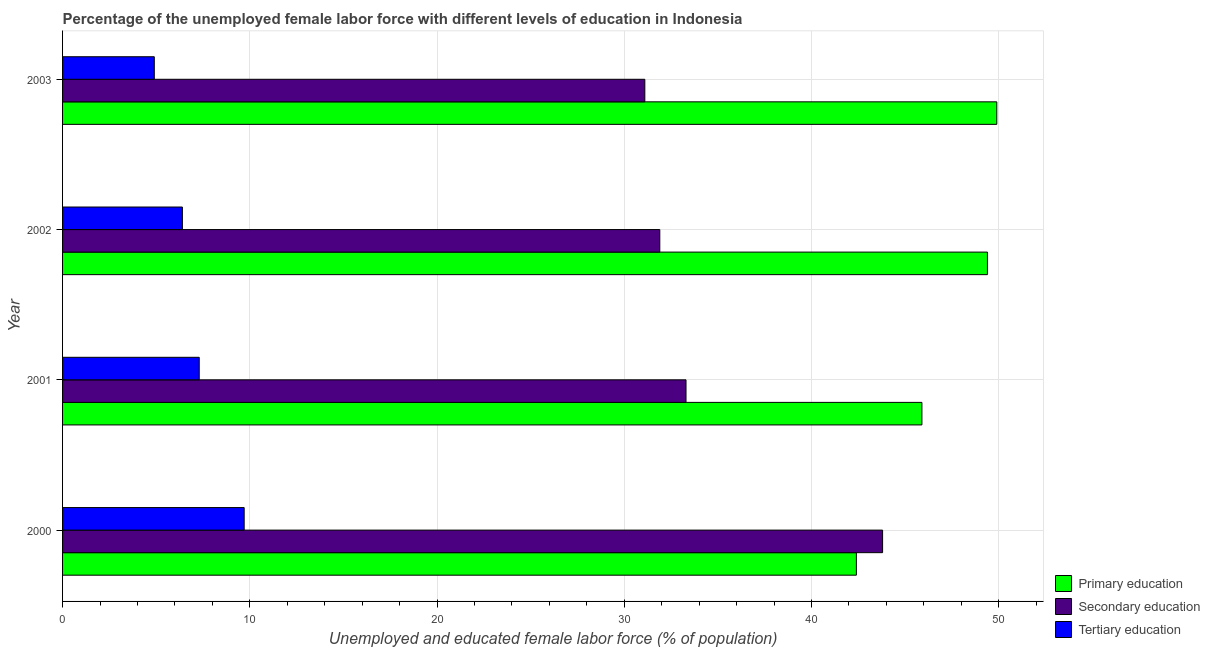
| Year | Primary education | Secondary education | Tertiary education |
 | --- | --- | --- | --- |
 | 2000 | 42.4 | 43.8 | 9.7 |
 | 2001 | 45.9 | 33.3 | 7.3 |
 | 2002 | 49.4 | 31.9 | 6.4 |
 | 2003 | 49.9 | 31.1 | 4.9 |